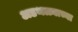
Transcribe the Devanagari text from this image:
अडथळ्याच्या